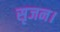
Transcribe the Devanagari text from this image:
सृजन।